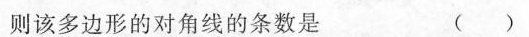
则该多边形的对角线的条数是 ( )